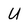
Character: U